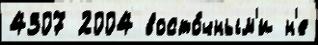
4307 2004 восто́чным'и н'е